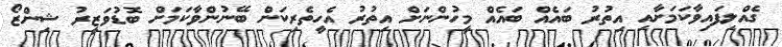
ގެއްލިފައިވާކަމަށާއި އިތުރު ބައެއް ބައެއް މީހުންނަށް އިތުރު އެހީތެރިކަން ބޭނުންވާކަމަށް ބޮޑުވަޒީރު ޝިންޒޯ